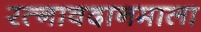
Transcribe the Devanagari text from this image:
रत्नावदानमाला